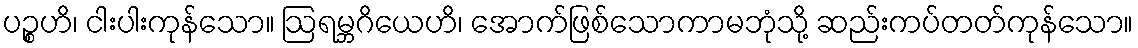
ပဉ္စဟိ၊ ငါးပါးကုန်သော။ ဩရမ္ဘဂိယေဟိ၊ အောက်ဖြစ်သောကာမဘုံသို့ ဆည်းကပ်တတ်ကုန်သော။